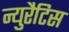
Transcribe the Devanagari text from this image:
न्युरैटिस